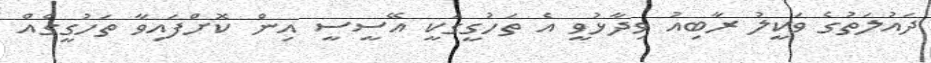
ދައުލަތުގެ ވަކީލު ރާބިއު ވިދާޅުވީ އެ ތަހުގީގަކީ އޭސީސީ އިން ކޮށްފައިވާ ތަހުގީގެއް